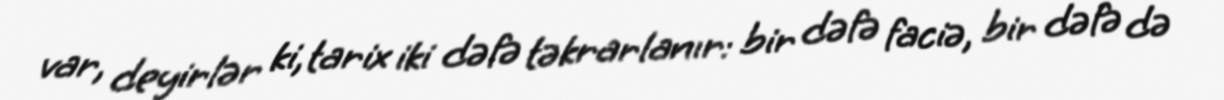
var, deyirlər ki, tarix iki dəfə təkrarlanır: bir dəfə faciə, bir dəfə də